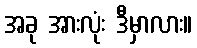
အခု အားလုံး ဒီမှာလား။